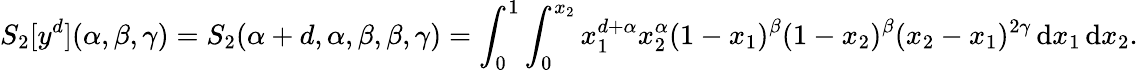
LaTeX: S_{2}[y^{d}](\alpha,\beta,\gamma)=S_{2}(\alpha+d,\alpha,\beta,\beta,\gamma)=\int_{0}^{1}\int_{0}^{x_{2}}x_{1}^{d+\alpha}x_{2}^{\alpha}(1-x_{1})^{\beta}(1-x_{2})^{\beta}(x_{2}-x_{1})^{2\gamma}\, \mathrm{d}x_{1}\, \mathrm{d}x_{2}.